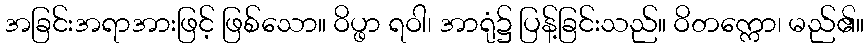
အခြင်းအရာအားဖြင့် ဖြစ်သော။ ဝိပ္ဖာ ရဝါ၊ အာရုံ၌ ပြန့်ခြင်းသည်။ ဝိတက္ကော၊ မည်၏။